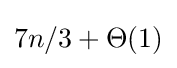
7n/3+\Theta (1)